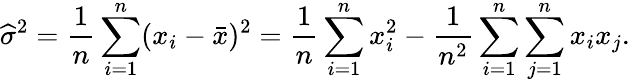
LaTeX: {\widehat{\sigma}}^{2}={\frac{1}{n}}\sum_{i=1}^{n}(x_{i}-{\bar{x}})^{2}={\frac{1}{n}}\sum_{i=1}^{n}x_{i}^{2}-{\frac{1}{n^{2}}}\sum_{i=1}^{n}\sum_{j=1}^{n}x_{i}x_{j}.